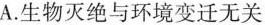
A.生物灭绝与环境变迁无关